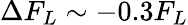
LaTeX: \Delta F_{L}\sim-0.3F_{L}